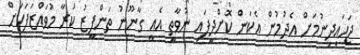
ޖަހައިދިނުމަށް އެދުމުން އެކަން ކޮށްދީފައި ނުވާތީ އެއީ ގާނޫނު ތަންފީޒު ކުރާ މުވައްޒަފަކަށް